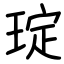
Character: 琔